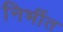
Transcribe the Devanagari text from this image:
निर्भीत